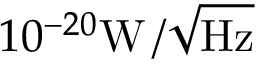
1 0 ^ { - 2 0 } \mathrm { W \, / \sqrt { H z } }